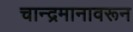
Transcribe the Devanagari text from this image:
चान्द्रमानावरून